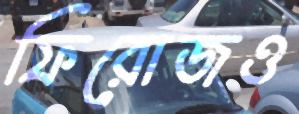
ফিরোজও